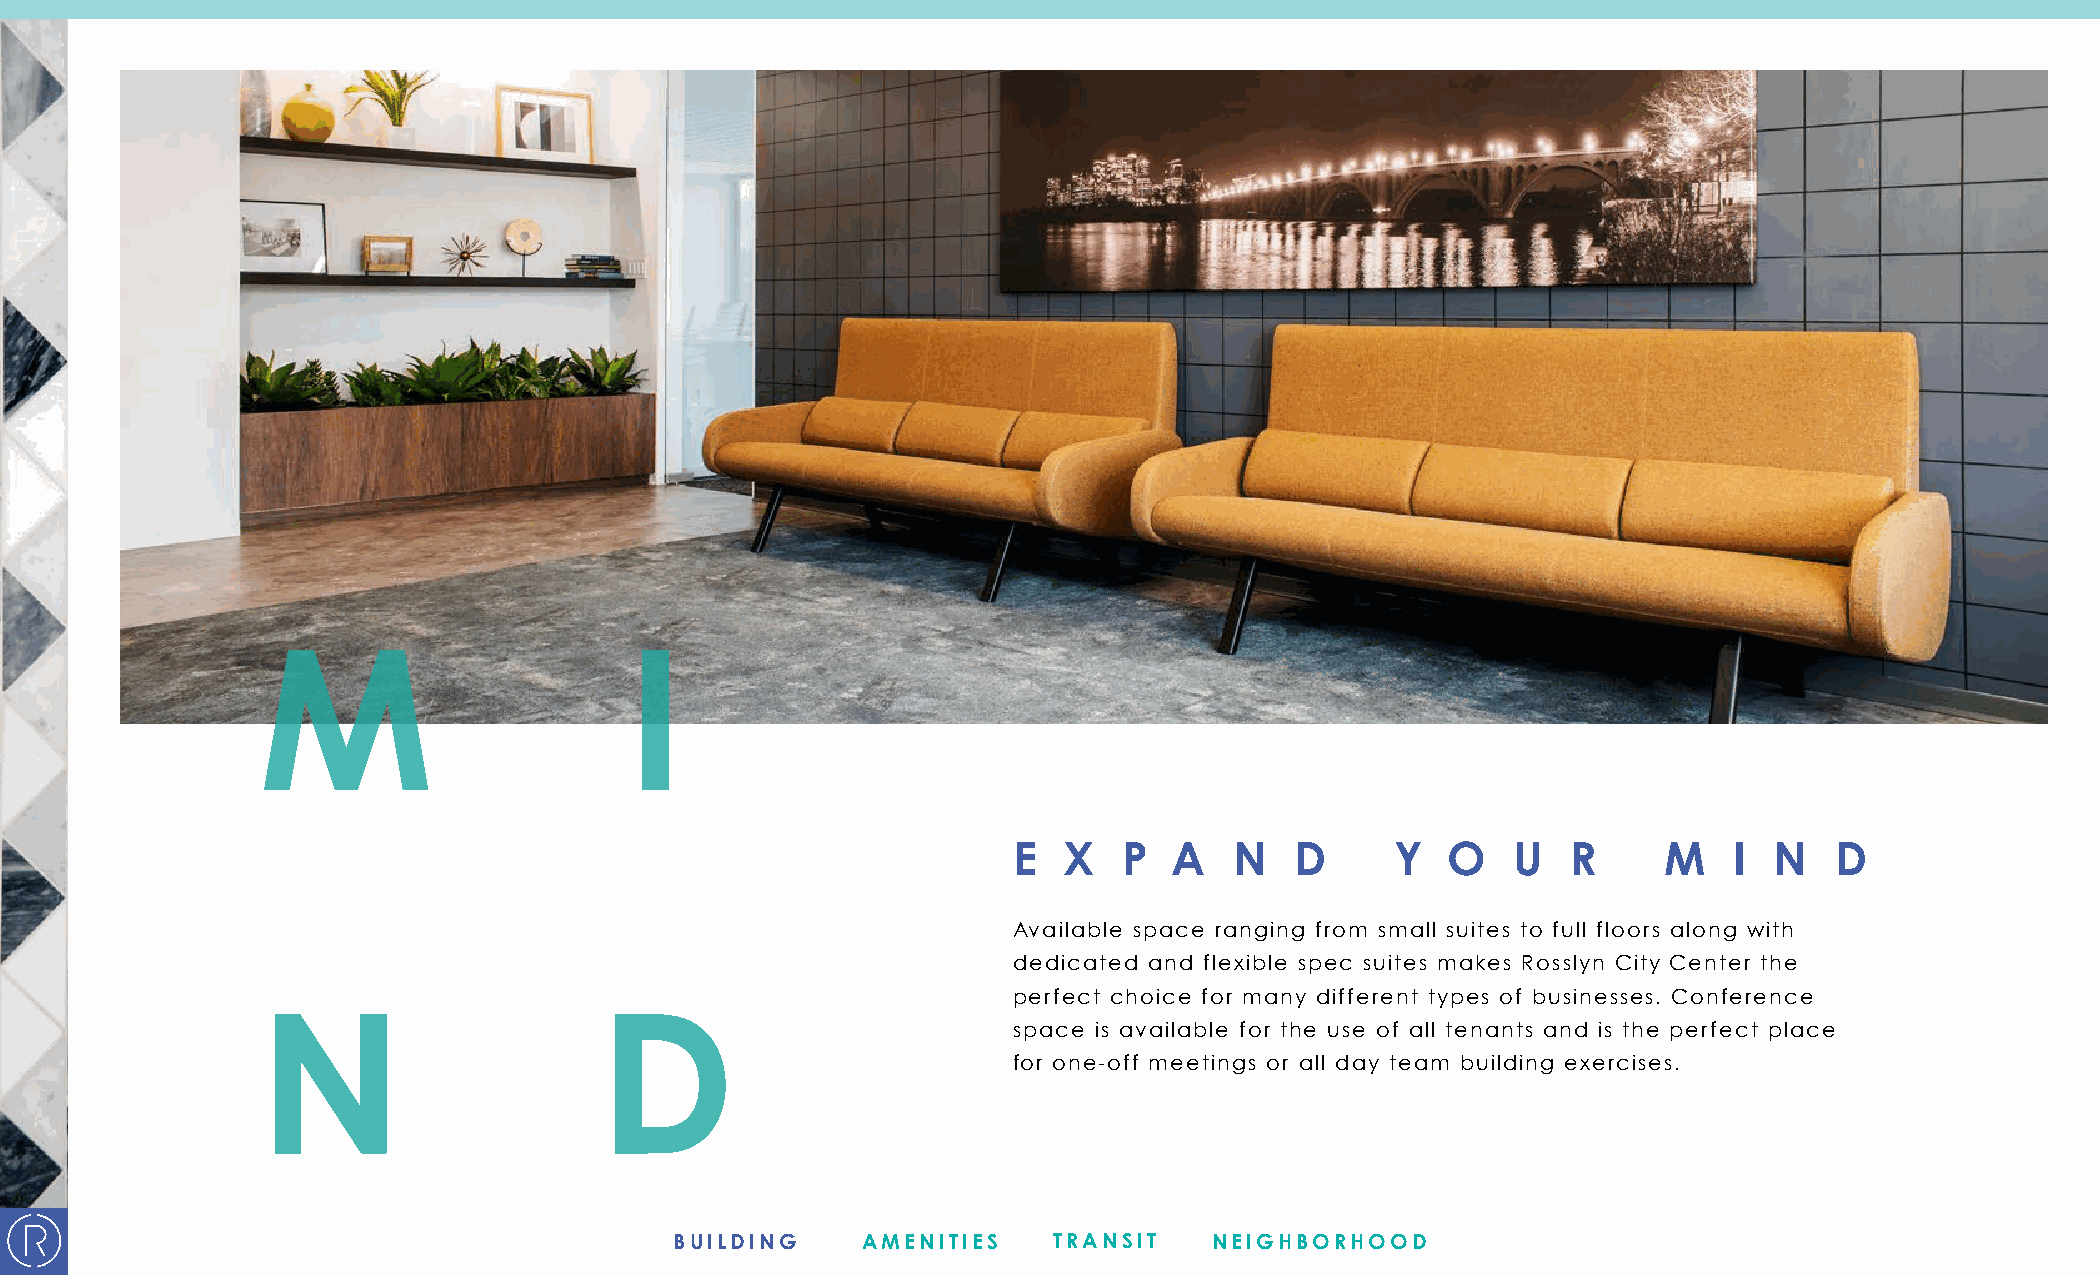
E  X   P   A   N   D     Y   O   U   R     M    I N   D
 Available space ranging from small suites to full floors along with
 dedicated and flexible spec suites makes Rosslyn City Center the
 perfect choice for many different types of businesses. Conference
 space is available for the use of all tenants and is the perfect place
 for one-off meetings or all day team building exercises.
 BUILDING    AMENITIES    TRANSIT   NEIGHBORHOOD